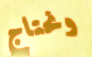
ونحتاج